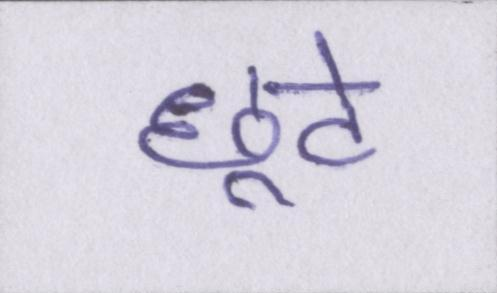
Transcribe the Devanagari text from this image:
छूटे